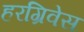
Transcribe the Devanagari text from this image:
हरग्रिवेस